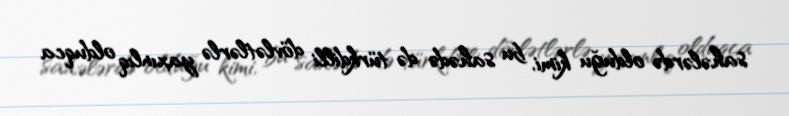
sahələrdə olduğu kimi, bu sahədə də türkdilli dövlətlərlə yaxınlıq olduqca